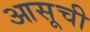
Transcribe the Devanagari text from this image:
आसूची